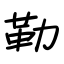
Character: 勒